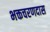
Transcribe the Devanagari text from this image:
भक्तचरणदास